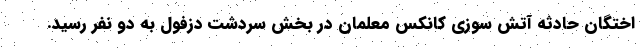
اختگان حادثه آتش سوزی کانکس معلمان در بخش سردشت دزفول به دو نفر رسید.